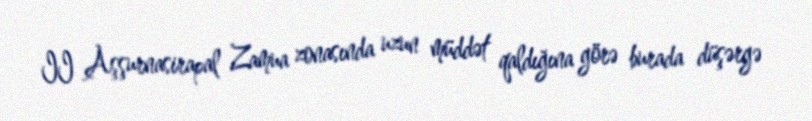
II Aşşurnasirapal Zamua zonasında uzun müddət qaldığına görə burada düşərgə